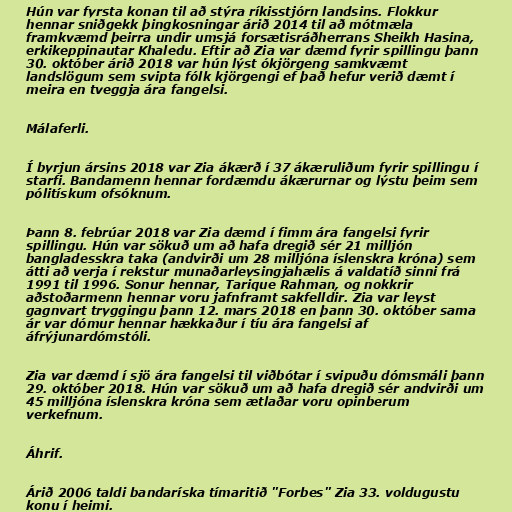
Hún var fyrsta konan til að stýra ríkisstjórn landsins. Flokkur
hennar sniðgekk þingkosningar árið 2014 til að mótmæla
framkvæmd þeirra undir umsjá forsætisráðherrans Sheikh Hasina,
erkikeppinautar Khaledu. Eftir að Zia var dæmd fyrir spillingu þann
30. október árið 2018 var hún lýst ókjörgeng samkvæmt
landslögum sem svipta fólk kjörgengi ef það hefur verið dæmt í
meira en tveggja ára fangelsi.

Málaferli.

Í byrjun ársins 2018 var Zia ákærð í 37 ákæruliðum fyrir spillingu í
starfi. Bandamenn hennar fordæmdu ákærurnar og lýstu þeim sem
pólitískum ofsóknum.

Þann 8. febrúar 2018 var Zia dæmd í fimm ára fangelsi fyrir
spillingu. Hún var sökuð um að hafa dregið sér 21 milljón
bangladesskra taka (andvirði um 28 milljóna íslenskra króna) sem
átti að verja í rekstur munaðarleysingjahælis á valdatíð sinni frá
1991 til 1996. Sonur hennar, Tarique Rahman, og nokkrir
aðstoðarmenn hennar voru jafnframt sakfelldir. Zia var leyst
gagnvart tryggingu þann 12. mars 2018 en þann 30. október sama
ár var dómur hennar hækkaður í tíu ára fangelsi af
áfrýjunardómstóli.

Zia var dæmd í sjö ára fangelsi til viðbótar í svipuðu dómsmáli þann
29. október 2018. Hún var sökuð um að hafa dregið sér andvirði um
45 milljóna íslenskra króna sem ætlaðar voru opinberum
verkefnum.

Áhrif.

Árið 2006 taldi bandaríska tímaritið "Forbes" Zia 33. voldugustu
konu í heimi.